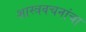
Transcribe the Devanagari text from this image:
शास्त्रवचनांचा